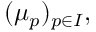
( \mu _ { p } ) _ { p \in I } ,